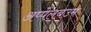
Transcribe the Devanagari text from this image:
अप्पेलबउम